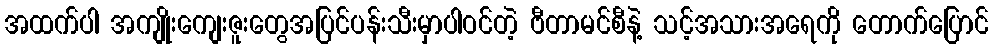
အထက်ပါ အကျိုးကျေးဇူးတွေအပြင်ပန်းသီးမှာပါဝင်တဲ့ ဗီတာမင်စီနဲ့ သင့်အသားအရေကို တောက်ပြောင်